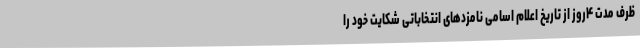
ظرف مدت ۴‌روز از تاریخ اعلام اسامی نامزدهای انتخاباتی شکایت خود را